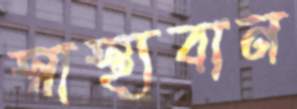
স্বাস্থ্যবান